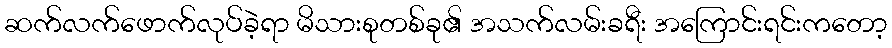
ဆက်လက်ဖောက်လုပ်ခဲ့ရာ မိသားစုတစ်ခု၏ အသက်လမ်းခရီး အကြောင်းရင်းကတော့